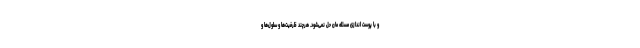
و با پوست اندازی مسئله مان حل نمی‌شود. هرچند ظرفیت‌ها و سلول‌ها و